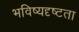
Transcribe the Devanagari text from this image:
भविष्यदृष्टता